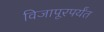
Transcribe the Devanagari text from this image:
विजापूरपर्यंत